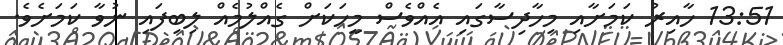
13:51 ހާއިރު ކަމަށާއި މިހާދިސާގައި އެއްވެސް މީހަކަށް ގެއްލުމެއް ލިބިފައި ނުވާ ކަމަށެވެ.